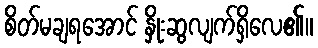
စိတ်မချရအောင် နှိုးဆွလျက်ရှိလေ၏။